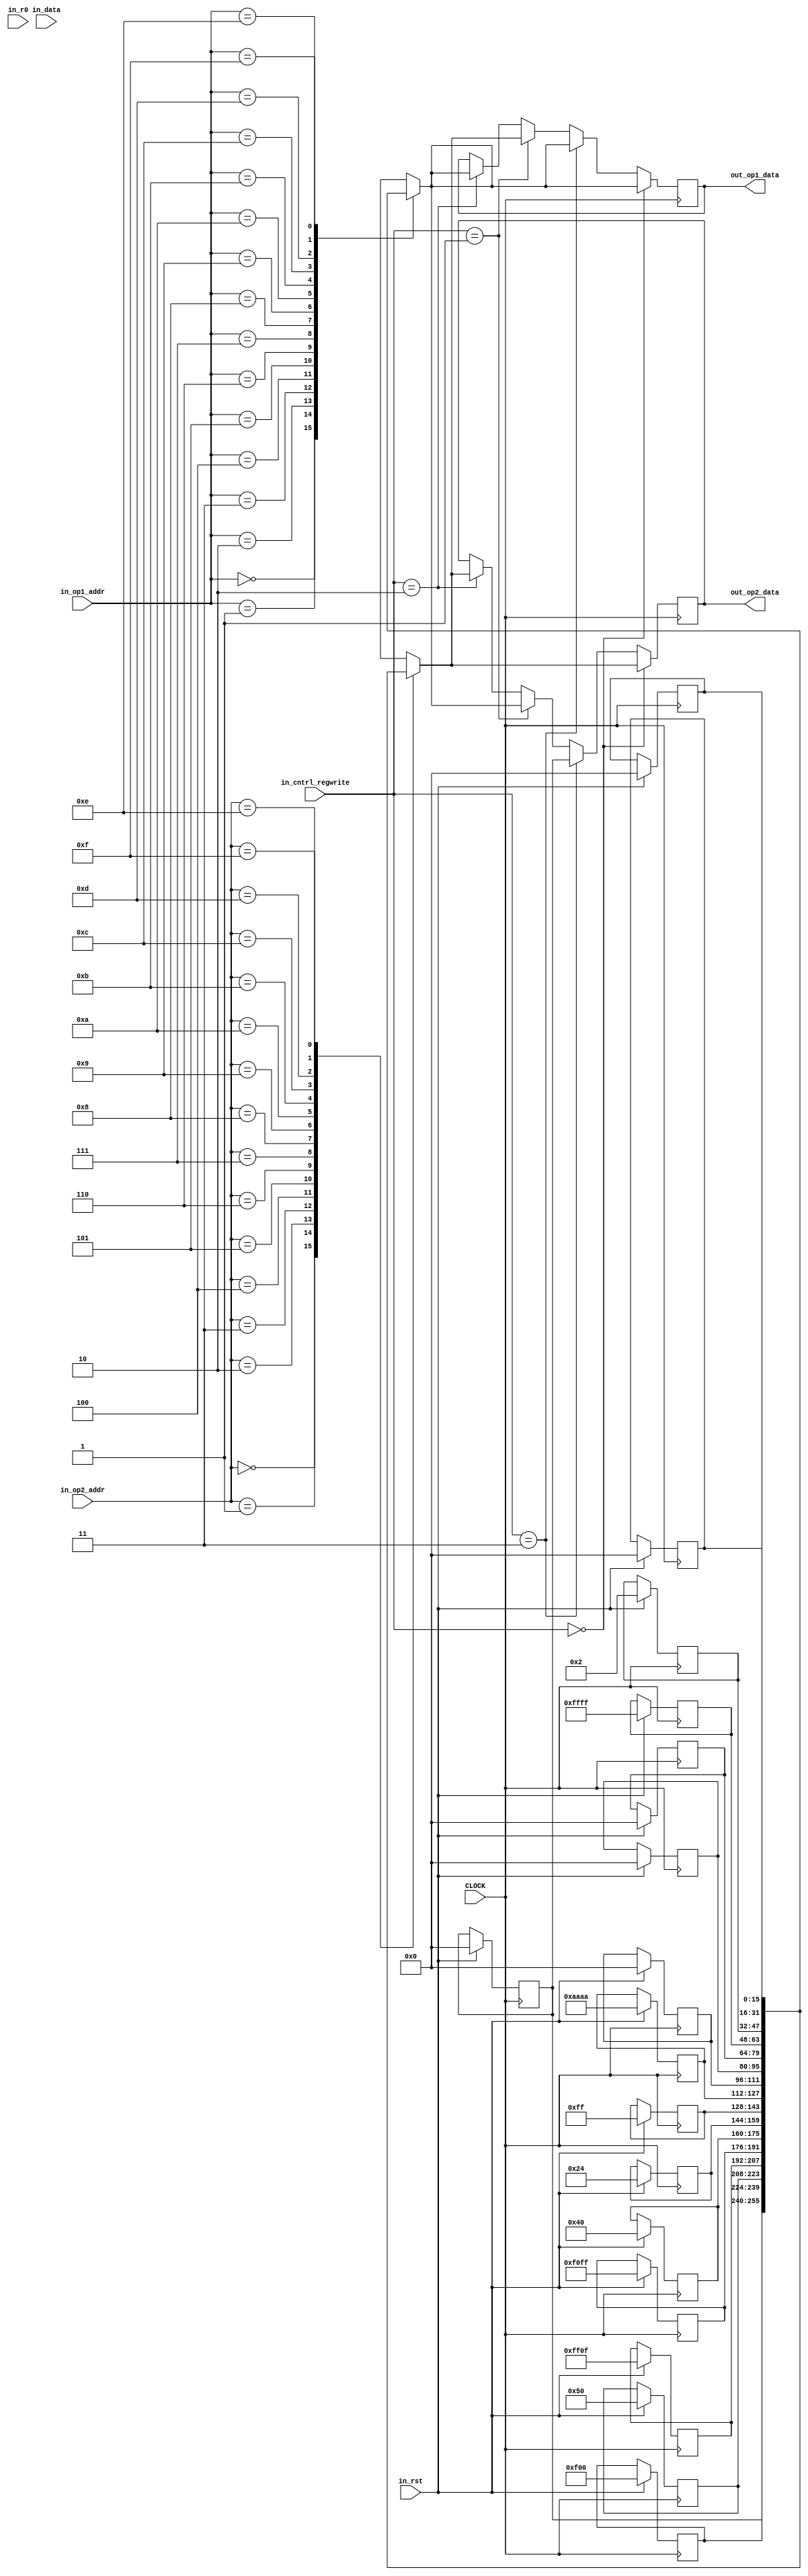
module reg_f(in_op1_addr,in_op2_addr,in_r0,in_rst,in_data,CLOCK,in_cntrl_regwrite,out_op1_data,out_op2_data);

//input
input [3:0]in_op1_addr,in_op2_addr;
input [15:0] in_r0,in_data;
input in_rst,CLOCK;
input [1:0]in_cntrl_regwrite;

//output
output [15:0] out_op1_data,out_op2_data;

//type
wire [3:0] in_op1_addr,in_op2_addr;
wire [15:0] in_r0,in_data;
wire in_rst,CLOCK;
wire [1:0] in_cntrl_regwrite;

reg [15:0] out_op1_data,out_op2_data;


reg [15:0] reg_mem[15:0];

always @ (negedge CLOCK)
begin
if(in_rst)
	begin
	reg_mem[0] = 16'b0000000000000000;
	reg_mem[1] = 16'b0000111100000000;
	reg_mem[2] = 16'b0000000001010000;
	reg_mem[3] = 16'b1111111100001111;
	reg_mem[4] = 16'b1111000011111111;
	reg_mem[5] = 16'b0000000001000000;
	reg_mem[6] = 16'b0000000000100100;
	reg_mem[7] = 16'b0000000011111111;
	reg_mem[8] = 16'b1010101010101010;
	reg_mem[9] = 16'b0000000000000000;
	reg_mem[10] = 16'b0000000000000000;
	reg_mem[11] = 16'b0000000000000000;
	reg_mem[12] = 16'b1111111111111111;
	reg_mem[13] = 16'b0000000000000010;
	reg_mem[14] = 16'b0000000000000000;
	reg_mem[15] = 16'b0000000000000000;
	end
/*else
	// register write  for lw 
	if(in_cntrl_regwrite == 2'b01)
	begin
	reg_mem[in_op1_addr] <= in_data[15:0];
	end
	//for r0 division
	else 
	if(in_cntrl_regwrite == 2'b10)
	begin
	reg_mem[0] <= in_r0[15:0];
	end
*/	
end

always @(posedge CLOCK)
begin
	// A type read reg file write in buffer
	if (in_cntrl_regwrite == 2'b00)
	begin
	out_op1_data <= reg_mem[in_op1_addr];
	out_op2_data <= reg_mem[in_op2_addr];
	end
	else //branch op1 and r0 comparison
	if (in_cntrl_regwrite == 2'b11)
	begin
	out_op1_data <= reg_mem[in_op1_addr];
	out_op2_data <= reg_mem[0];
	end
	else //lw & sw
	if (in_cntrl_regwrite == 2'b01)
	begin
	out_op1_data <= reg_mem[in_op2_addr];
	out_op2_data <= reg_mem[in_op1_addr];
	end
	else
	if (in_cntrl_regwrite == 2'b10)
	begin
	out_op1_data <= reg_mem[in_op1_addr];
	out_op2_data <= reg_mem[in_op2_addr];
	end
end
endmodule